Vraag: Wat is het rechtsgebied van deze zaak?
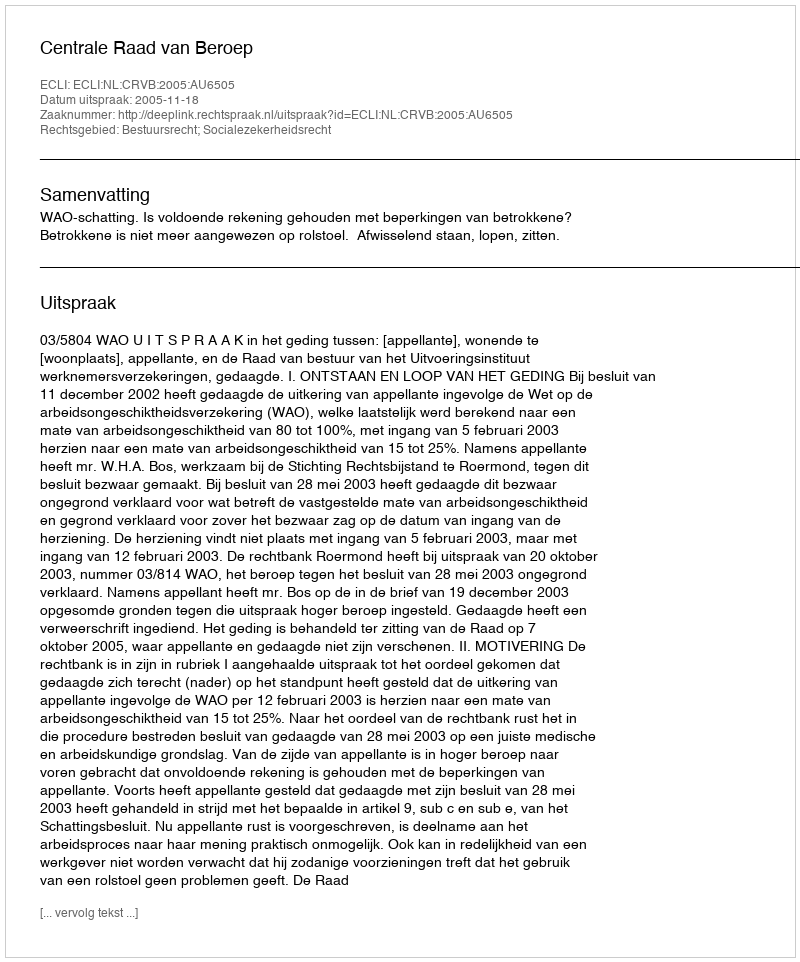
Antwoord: Bestuursrecht; Socialezekerheidsrecht